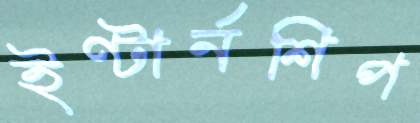
ইণ্টার্নশিপ